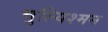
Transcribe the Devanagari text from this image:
चुल्यिश्मन